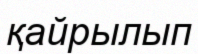
қайрылып